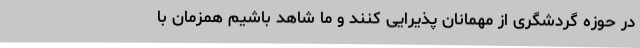
در حوزه گردشگری از مهمانان پذیرایی کنند و ما شاهد باشیم همزمان با